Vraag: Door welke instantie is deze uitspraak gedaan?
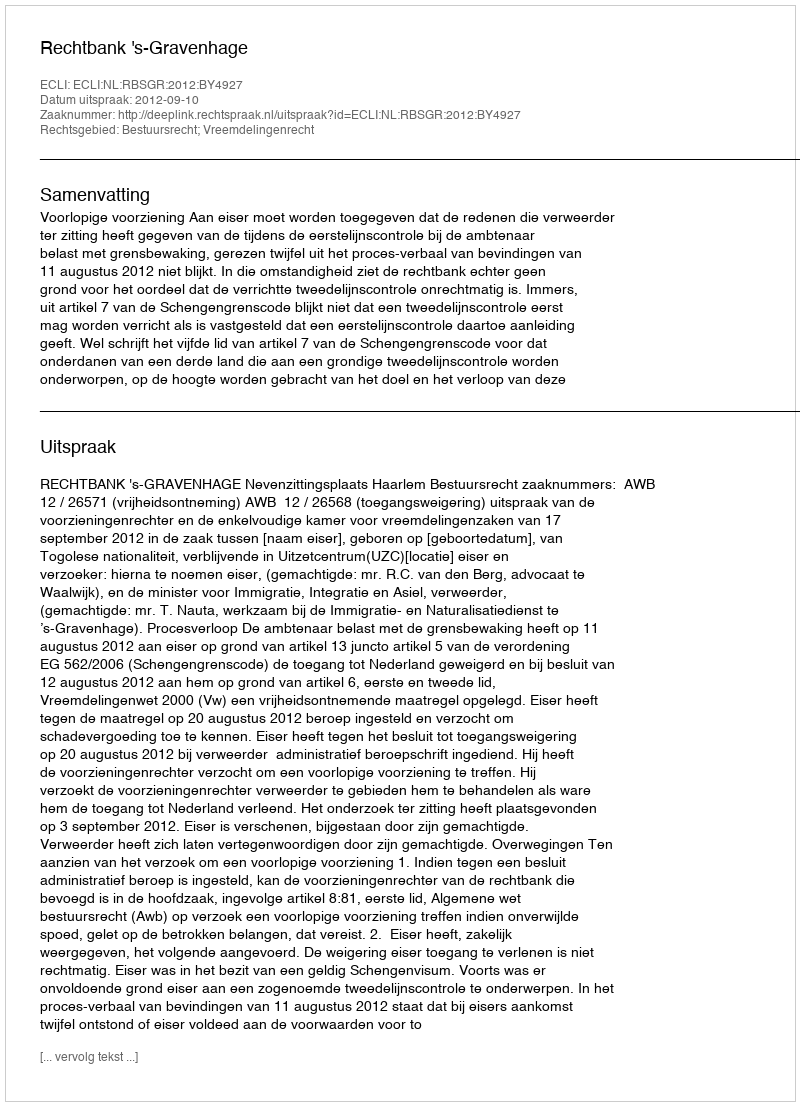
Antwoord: Rechtbank 's-Gravenhage